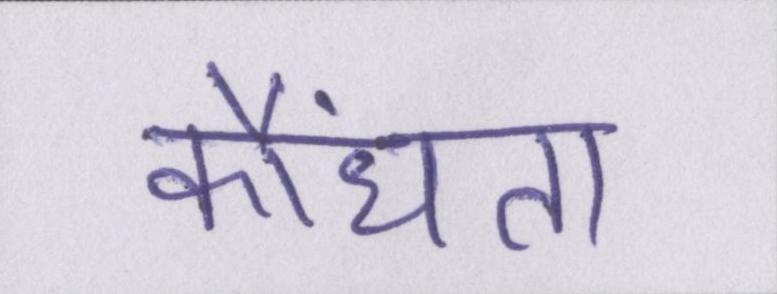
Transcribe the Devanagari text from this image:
कौंधता